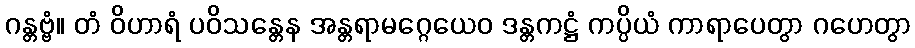
ဂန္တဗ္ဗံ။ တံ ဝိဟာရံ ပဝိသန္တေန အန္တရာမဂ္ဂေယေဝ ဒန္တကဋ္ဌံ ကပ္ပိယံ ကာရာပေတွာ ဂဟေတွာ